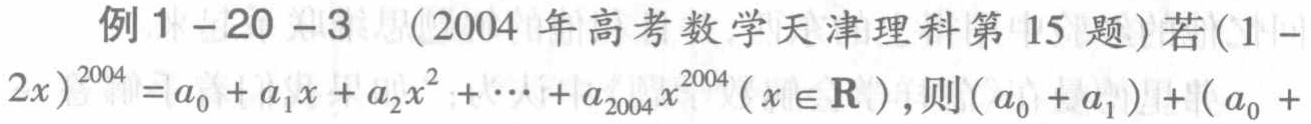
例1 - 20 - 3 （2004 年高考数学天津理科第 15 题）若\((1 - 2x)^{2004}=a_{0}+a_{1}x + a_{2}x^{2}+\cdots+a_{2004}x^{2004}(x\in\mathbf{R})\)，则\((a_{0}+a_{1})+(a_{0}+\)